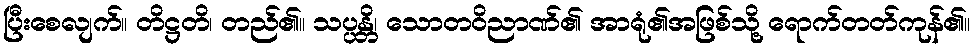
ပြီးစေလျက်။ တိဋ္ဌတိ၊ တည်၏။ သပ္ပန္တိ၊ သောတဝိညာဏ်၏ အာရုံ၏အဖြစ်သို့ ရောက်တတ်ကုန်၏။